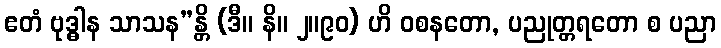
ဧတံ ဗုဒ္ဓါန သာသန”န္တိ (ဒီ။ နိ။ ၂။၉၀) ဟိ ဝစနတော, ပညုတ္တရတော စ ပညာ